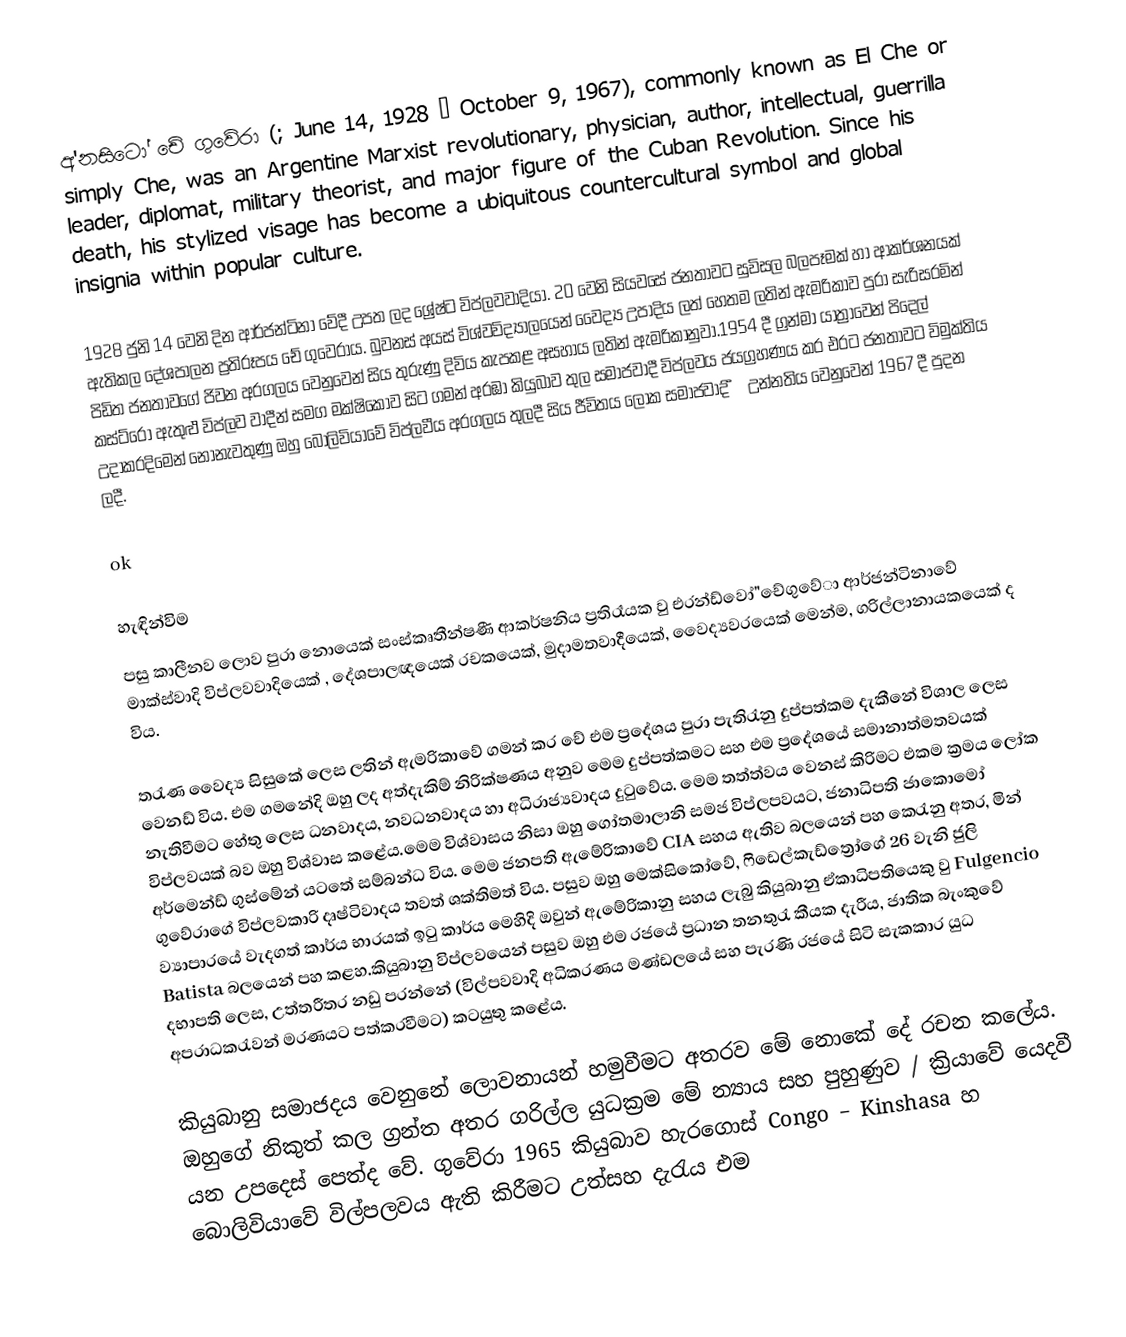
අ'නසිටෝ චේ ගුවේරා (; June 14, 1928 – October 9, 1967), commonly known as El Che or simply Che, was an Argentine Marxist revolutionary, physician, author, intellectual, guerrilla leader, diplomat, military theorist, and major figure of the Cuban Revolution. Since his death, his stylized visage has become a ubiquitous countercultural symbol and global insignia within popular culture.

1928 ජුනි 14 වෙනි දින ආර්ජන්ටිනා වේදී උපත ලද ශ්‍රේෂ්ට විප්ලවවාදියා. 20 වෙනි සියවසේ ජනතාවට සුවිසල බලපෑමක් හා ආකර්ශනයක් ඇතිකල දේශපාලන ප්‍රතිරූපය චේ ගුවෙරාය. බුවනස් අයස් විශ්වවිද්‍යාලයෙන් වෛද්‍ය උපාදිය ලත් හෙතම ලතින් ඇමරිකාව පුරා සැරිසරමින් පිඩිත ජනතාවගේ ජිවන අරගලය වෙනුවෙන් සිය තුරුණු දිවිය කැපකළ අසහාය ලතින් ඇමරිකානුවා.1954 දී ග්‍රන්මා යාත්‍රාවෙන් පිදෙල් කස්ට්රෝ ඇතුළු විප්ලව වාදීන් සමග  මක්ෂිකොව සිට ගමන් අරඹා කියුබාව තුල සමාජවාදී විප්ලවය ජයග්‍රහණය කර එරට ජනතාවට විමුක්තිය උදාකරදිමෙන් නොනැවතුණු ඔහු බොලිවියාවේ විප්ලවීය අරගලය තුලදී සිය ජීවිතය ලෝක සමාජවාද ී උන්නතිය වෙනුවෙන් 1967 දී පුදන ලදී.

ok

හැඳින්විම
පසු  කාලීනව ‍ලොව පුරා නොයෙක් සංස්කෘතීන්ෂණී ආකර්ෂනිය ප්‍රතිරෑයක වු එරන්ඩ්වෝ"චේගු‍වේා ආර්ජන්ටිනාවේ මාක්ස්වාදි විප්ලවවාදියෙක් , දේශපාලඥයෙක් රචකයෙක්, මුදාමතවාදීයෙක්, වෛද්‍යවරයෙක් මෙන්ම, ගරිල්ලානායකයෙක් ද විය.

තරැණ වෛද්‍ය සිසුකේ ලෙස ලතින් ඇමරිකාවේ ගමන් කර චේ එම ප්‍රදේශය පුරා පැතිරැනු දුප්පත්කම දැකීනේ විශාල ලෙස වෙනඩ් විය. එම ගමනේදි ඔහු ලද අත්දැකිම් නිරික්ෂණය අනුව මෙම දුප්පත්කමට සහ එම ප්‍ර‍දේශයේ සමානාත්මතවයක් නැතිවීමට හේතු ලෙස ධනවාදය, නවධනවාදය හා අධිරාජ්‍යවාදය දුටුවේය. මෙම තත්ත්වය වෙනස් කිරිමට එකම ක්‍රමය ලෝක විප්ලවයක් බව ඔහු විශ්වාස කළේය.මෙම විශ්වාසය නිසා ඔහු ගෝතමාලානි සමජ විප්ලපවයට, ජනාධිපති ජාකොමෝ අර්මෙන්ඩ් ගුස්මේන් යටතේ සම්බන්ධ විය. මෙම ජනපති ඇමේරිකාවේ CIA සහය ඇතිව බලයෙන් පහ කෙරැනු අතර, මින් ගුවේරාගේ විප්ලවකාරි දෘෂ්ටිවාදය තවත් ශක්තිමත් විය. පසුව ඔහු මෙක්සිකෝවේ, ෆිඩෙල්කැඩ්ත්‍රෝගේ 26 ‍වැනි ජුලි ව්‍යාපාරයේ වැදගත් කාර්ය භාරයක් ඉටු කාර්ය මෙහිදි ඔවුන් ඇමේරිකානු සහය ලැබු කියුබානු ඒකාධිපතියෙකු වු Fulgencio Batista බලයෙන් පහ කළහ.කියුබානු විප්ලවයෙන් පසුව ඔහු එම රජයේ ප්‍රධාන තනතුරැ කීයක දැරීය, ජාතික බැංකුවේ දභාපති ලෙස, උත්තරීතර නඩු පරන්නේ (විල්පවවාදි අධිකරණය මණ්ඩල‍යේ සහ පැරණි රජයේ සිටි සැකකාර යුධ අපරාධකරැවන් මරණයට පත්කරවීමට) කටයුතු කළේය.

කියුබානු සමාජදය වෙනුනේ ලොවනායන් හමුවීමට අතරව මේ නො‍කේ දේ රචන කලේය. ඔහුගේ නිකුත් කල ග්‍රන්ත අතර ගරිල්ල යුධක්‍රම මේ න්‍යාය සහ පුහුණුව / ක්‍රියාවේ යෙදවී යන උපදෙස් පෙත්ද වේ. ගුවේරා 1965 කියුබාව හැරගොස් Congo – Kinshasa හ බොලිවියාවේ විල්පලවය ඇති කිරීමට උත්සහ දැරැය එම